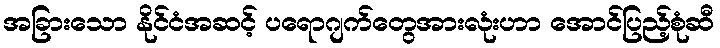
အခြားသော နိုင်ငံအဆင့် ပရောဂျက်တွေအားလုံးဟာ အောင်ပြည့်စုံဆီ